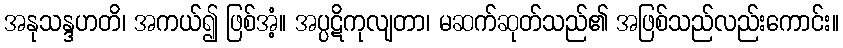
အနုသန္ဒဟတိ၊ အကယ်၍ ဖြစ်အံ့။ အပ္ပဋိကုလျတာ၊ မဆက်ဆုတ်သည်၏ အဖြစ်သည်လည်းကောင်း။